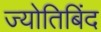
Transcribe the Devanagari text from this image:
ज्योतिबिंद